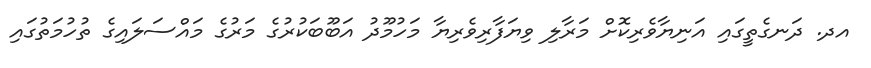
އދ. ދަނގެތީގައި އަނިޔާވެރިކޮށް މަރާލި ވިޔަފާރިވެރިޔާ މަހުމޫދު އަބޫބަކުރުގެ މަރުގެ މައްސަލައިގެ ތުހުމަތުގައި